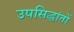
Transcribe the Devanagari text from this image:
उपसिद्धांतों